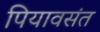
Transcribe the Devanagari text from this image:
पियावसंत